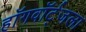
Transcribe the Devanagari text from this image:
हॉगवॉर्ट्‌जला